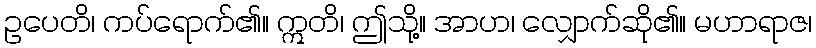
ဥပေတိ၊ ကပ်ရောက်၏။ ဣတိ၊ ဤသို့။ အာဟ၊ လျှောက်ဆို၏။ မဟာရာဇ၊